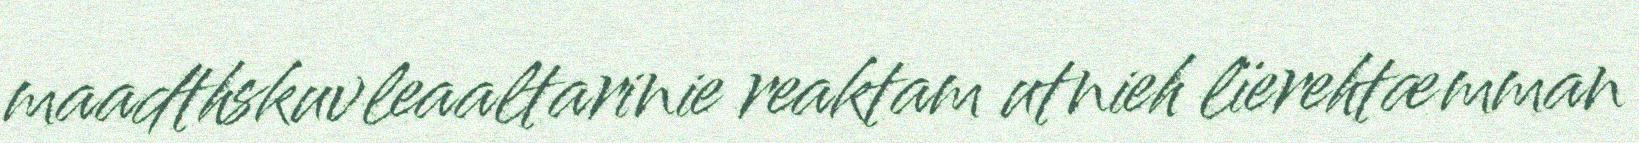
maadthskuvleaaltarinie reaktam utnieh lïerehtæmman